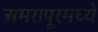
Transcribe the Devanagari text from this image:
अमरापूरमध्ये